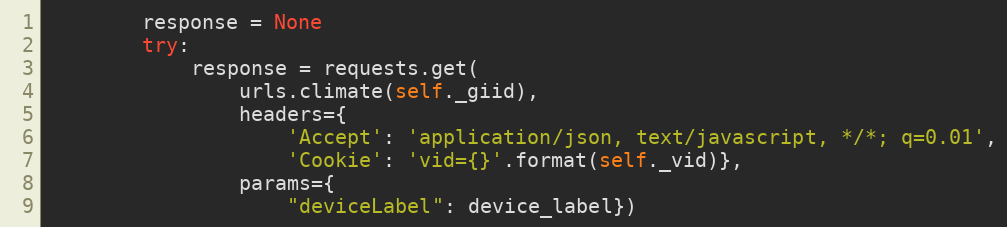
Language: Python
        response = None
        try:
            response = requests.get(
                urls.climate(self._giid),
                headers={
                    'Accept': 'application/json, text/javascript, */*; q=0.01',
                    'Cookie': 'vid={}'.format(self._vid)},
                params={
                    "deviceLabel": device_label})